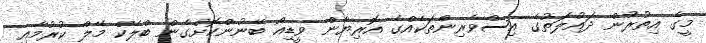
މީގެ އިތުރުން ދައުލަތުގެ އިސްވެރިންތަކެއްގެ އޮރިޔާން ވީޑިއޯ ބޭނުންކޮށްގެން ބްލެކް މޭލް ކުރުމާއި